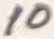
Text: 10